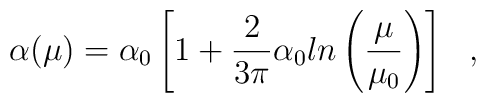
\alpha(\mu) = \alpha_0\left[1 + \frac{2}{3\pi}\alpha_0 ln\left(\frac{\mu}{\mu_0}\right) \right]~~,